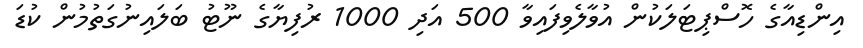
އިންޑިއާގެ ހޮސްޕިޓަލަކުން އުވާލެވިފައިވާ 500 އަދި 1000 ރުފިޔާގެ ނޫޓު ބަލައިނުގަތުމުން ކުޑަ